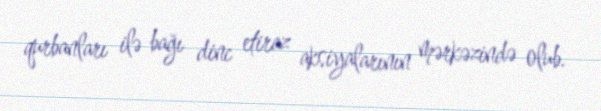
qurbanları ilə bağı dinc etiraz aksiyalarının mərkəzində olub.